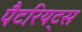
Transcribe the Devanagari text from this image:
पैटरियट्स